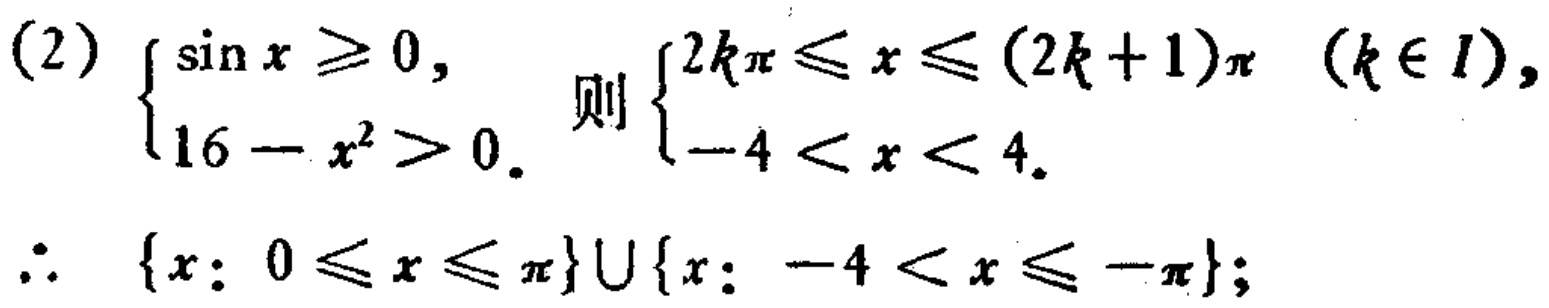
(2) $\begin{cases}

\sin x\geq0, \\

16 - x^{2}>0.

\end{cases}$ 则 $\begin{cases}

2k\pi\leq x\leq(2k + 1)\pi\ (k\in I), \\

-4 < x < 4.

\end{cases}$

$\therefore$ $\{x: 0\leq x\leq\pi\}\cup\{x: -4 < x\leq-\pi\}$;